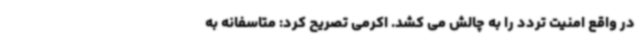
در واقع امنیت تردد را به چالش می کشد. اکرمی تصریح کرد: متاسفانه به